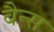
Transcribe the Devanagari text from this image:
बैन्स